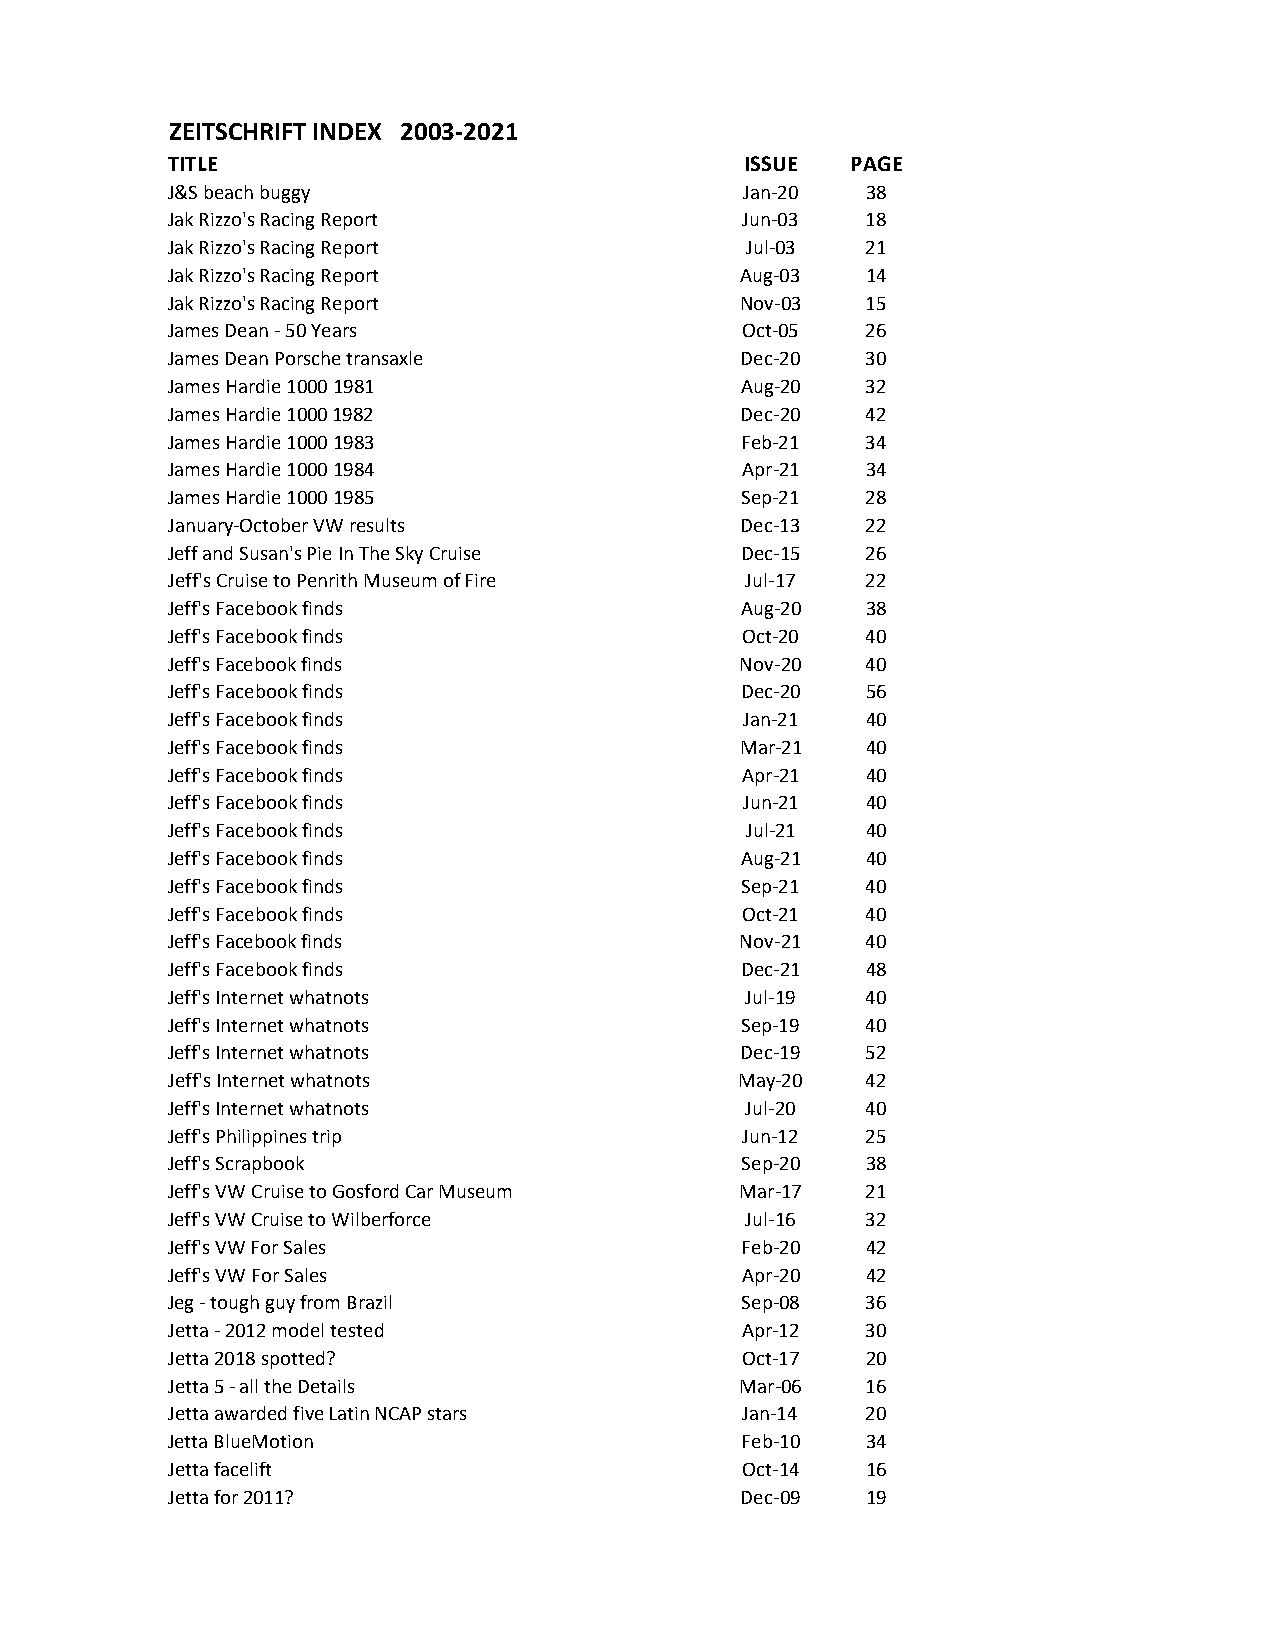
ZEITSCHRIFT INDEX 2003-2021
 TITLE                                 ISSUE  PAGE
 J&S beach buggy                       Jan-20  38
 Jak Rizzo's Racing Report             Jun-03  18
 Jak Rizzo's Racing Report             Jul-03  21
 Jak Rizzo's Racing Report             Aug-03  14
 Jak Rizzo's Racing Report             Nov-03  15
 James Dean - 50 Years                 Oct-05  26
 James Dean Porsche transaxle          Dec-20  30
 James Hardie 1000 1981                Aug-20  32
 James Hardie 1000 1982                Dec-20  42
 James Hardie 1000 1983                Feb-21  34
 James Hardie 1000 1984                Apr-21  34
 James Hardie 1000 1985                Sep-21  28
 January-October VW results            Dec-13  22
 Jeff and Susan's Pie In The Sky Cruise Dec-15 26
 Jeff's Cruise to Penrith Museum of Fire Jul-17 22
 Jeff's Facebook finds                 Aug-20  38
 Jeff's Facebook finds                 Oct-20  40
 Jeff's Facebook finds                 Nov-20  40
 Jeff's Facebook finds                 Dec-20  56
 Jeff's Facebook finds                 Jan-21  40
 Jeff's Facebook finds                 Mar-21  40
 Jeff's Facebook finds                 Apr-21  40
 Jeff's Facebook finds                 Jun-21  40
 Jeff's Facebook finds                 Jul-21  40
 Jeff's Facebook finds                 Aug-21  40
 Jeff's Facebook finds                 Sep-21  40
 Jeff's Facebook finds                 Oct-21  40
 Jeff's Facebook finds                 Nov-21  40
 Jeff's Facebook finds                 Dec-21  48
 Jeff's Internet whatnots              Jul-19  40
 Jeff's Internet whatnots              Sep-19  40
 Jeff's Internet whatnots              Dec-19  52
 Jeff's Internet whatnots              May-20  42
 Jeff's Internet whatnots              Jul-20  40
 Jeff's Philippines trip               Jun-12  25
 Jeff's Scrapbook                      Sep-20  38
 Jeff's VW Cruise to Gosford Car Museum Mar-17 21
 Jeff's VW Cruise to Wilberforce       Jul-16  32
 Jeff's VW For Sales                   Feb-20  42
 Jeff's VW For Sales                   Apr-20  42
 Jeg - tough guy from Brazil           Sep-08  36
 Jetta - 2012 model tested             Apr-12  30
 Jetta 2018 spotted?                   Oct-17  20
 Jetta 5 - all the Details             Mar-06  16
 Jetta awarded five Latin NCAP stars   Jan-14  20
 Jetta BlueMotion                      Feb-10  34
 Jetta facelift                        Oct-14  16
 Jetta for 2011?                       Dec-09  19